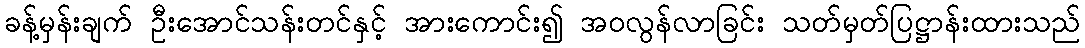
ခန့်မှန်းချက် ဦးအောင်သန်းတင်နှင့် အားကောင်း၍ အဝလွန်လာခြင်း သတ်မှတ်ပြဋ္ဌာန်းထားသည်